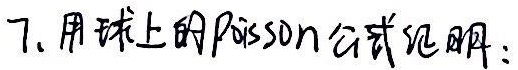
7. 用球上的Poisson公式证明：